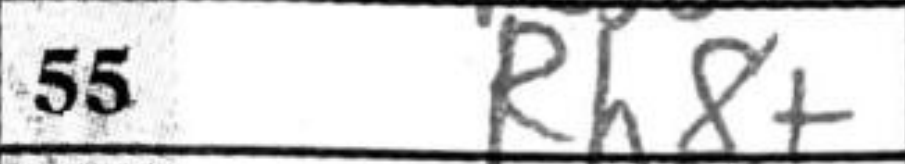
Transcription: Rh8+